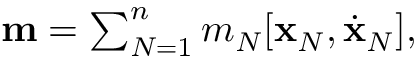
\begin{array} { r } { { \bf m } = \sum _ { N = 1 } ^ { n } m _ { N } [ { \bf x } _ { N } , \dot { \bf x } _ { N } ] , } \end{array}